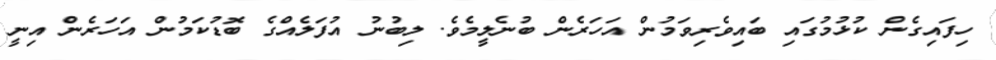
ހިފައިގެން ކުޅުމުގައި ބައިވެރިވަމުން އަހަރެން ބުނެލީމެވެ. ލިބުނު އުފަލެއްގެ ބޮޑުކަމުން އަހަރެން އިނީ